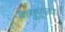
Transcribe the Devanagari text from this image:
बासुपूज्य